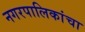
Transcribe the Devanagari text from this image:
नगरपालिकांचा